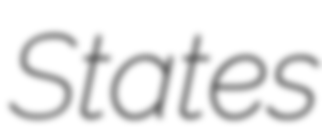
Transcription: States